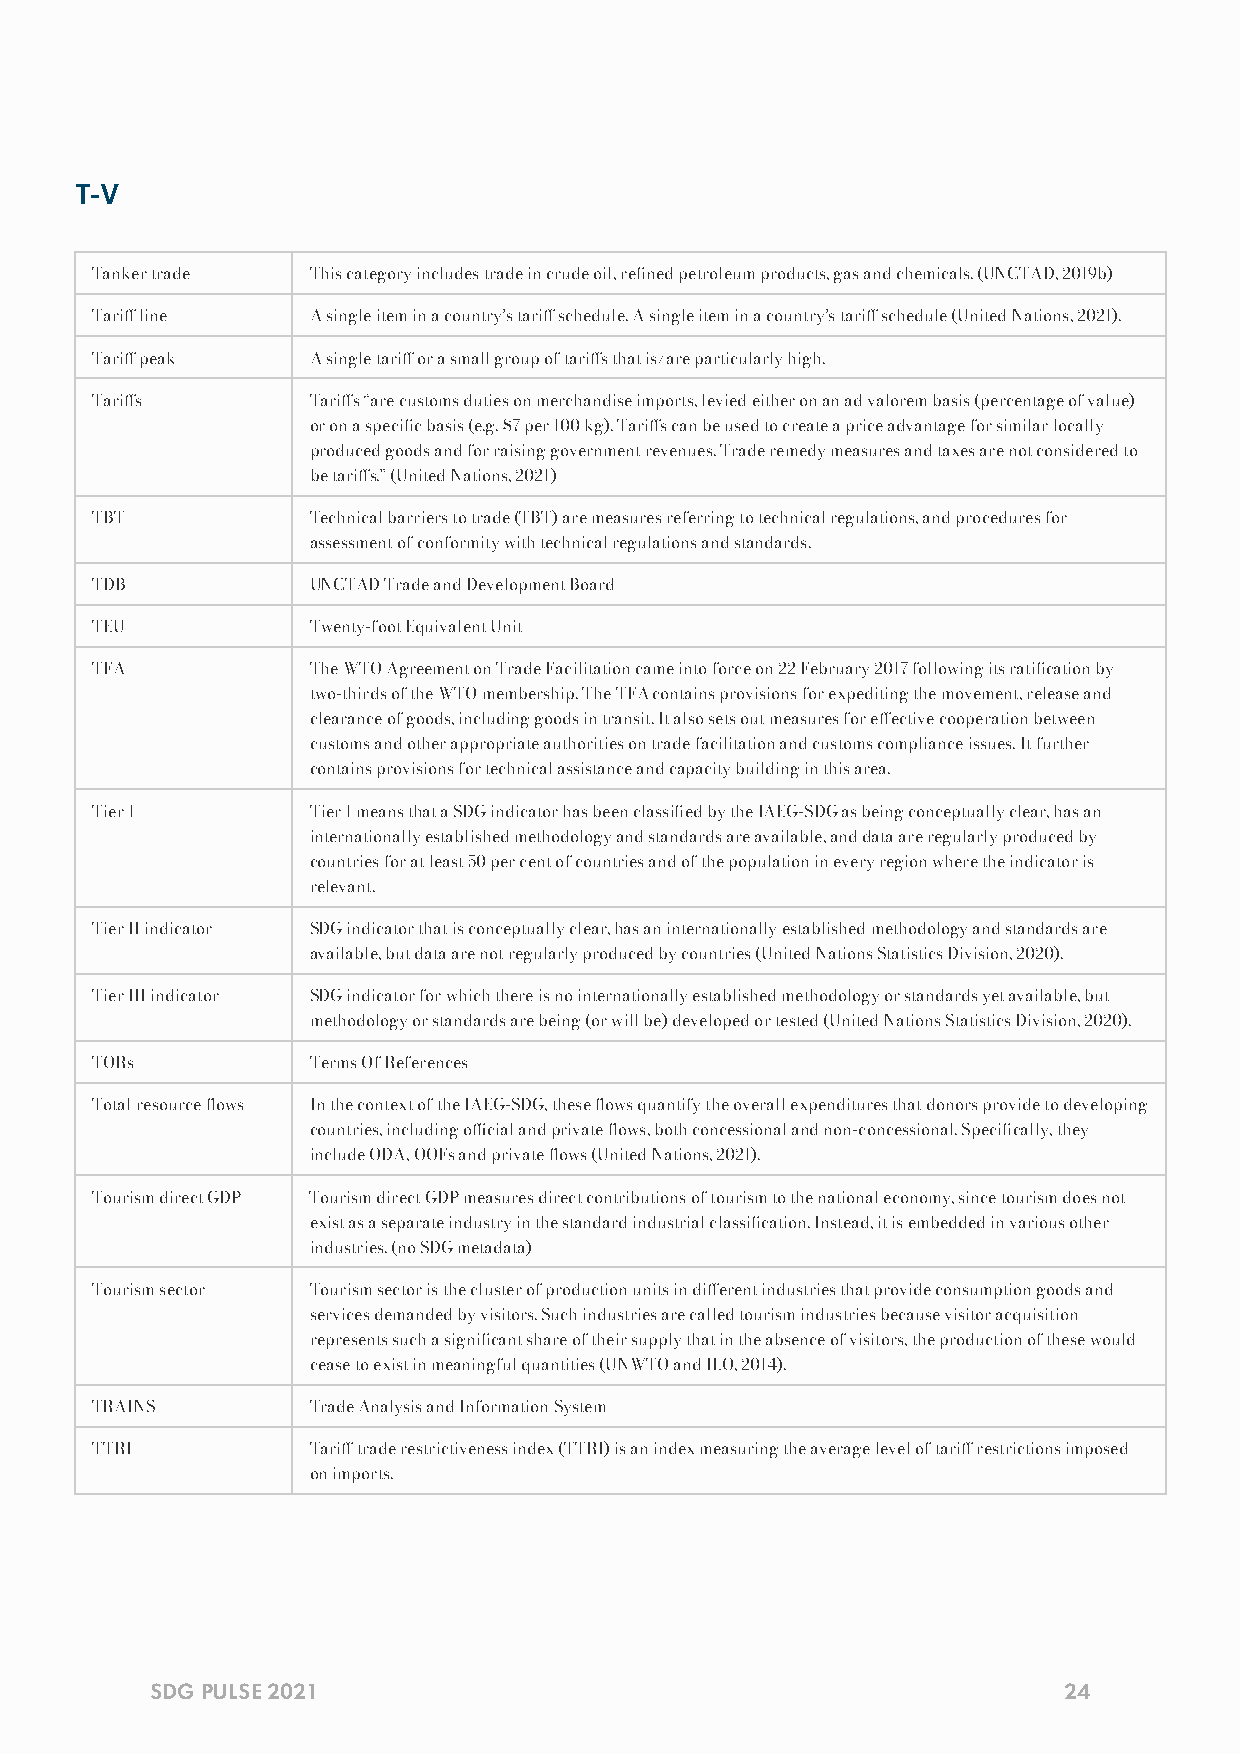
T-V
 Tanker trade  This category includes trade in crude oil, rened petroleum products, gas and chemicals. (UNCTAD, 2019b)
 Tari line    A single item in a country’s tari schedule. A single item in a country’s tari schedule (United Nations, 2021).
 Tari peak    A single tari or a small group of taris that is/are particularly high.
 Taris        Taris “are customs duties on merchandise imports, levied either on an ad valorem basis (percentage of value)
 or on a specic basis (e.g. $7 per 100 kg). Taris can be used to create a price advantage for similar locally
 produced goods and for raising government revenues. Trade remedy measures and taxes are not considered to
 be taris.” (United Nations, 2021)
 TBT           Technical barriers to trade (TBT) are measures referring to technical regulations, and procedures for
 assessment of conformity with technical regulations and standards.
 TDB           UNCTAD Trade and Development Board
 TEU           Twenty-foot Equivalent Unit
 TFA           The WTO Agreement on Trade Facilitation came into force on 22 February 2017 following its ratication by
 two-thirds of the WTO membership. The TFA contains provisions for expediting the movement, release and
 clearance of goods, including goods in transit. It also sets out measures for eective cooperation between
 customs and other appropriate authorities on trade facilitation and customs compliance issues. It further
 contains provisions for technical assistance and capacity building in this area.
 Tier 1        Tier 1 means that a SDG indicator has been classied by the IAEG-SDG as being conceptually clear, has an
 internationally established methodology and standards are available, and data are regularly produced by
 countries for at least 50 per cent of countries and of the population in every region where the indicator is
 relevant.
 Tier II indicator SDG indicator that is conceptually clear, has an internationally established methodology and standards are
 available, but data are not regularly produced by countries (United Nations Statistics Division, 2020).
 Tier III indicator SDG indicator for which there is no internationally established methodology or standards yet available, but
 methodology or standards are being (or will be) developed or tested (United Nations Statistics Division, 2020).
 TORs          Terms Of References
 Total resource ows In the context of the IAEG-SDG, these ows quantify the overall expenditures that donors provide to developing
 countries, including ocial and private ows, both concessional and non-concessional. Specically, they
 include ODA, OOFs and private ows (United Nations, 2021).
 Tourism direct GDP Tourism direct GDP measures direct contributions of tourism to the national economy, since tourism does not
 exist as a separate industry in the standard industrial classication. Instead, it is embedded in various other
 industries. (no SDG metadata)
 Tourism sector Tourism sector is the cluster of production units in dierent industries that provide consumption goods and
 services demanded by visitors. Such industries are called tourism industries because visitor acquisition
 represents such a signicant share of their supply that in the absence of visitors, the production of these would
 cease to exist in meaningful quantities (UNWTO and ILO, 2014).
 TRAINS        Trade Analysis and Information System
 TTRI          Tari trade restrictiveness index (TTRI) is an index measuring the average level of tari restrictions imposed
 on imports.
 SDG PULSE 2021                                              24